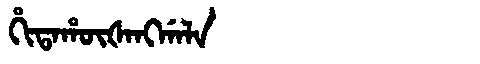
Manchu: ᡥᡳᡨᠠᡥᡡᡧᠠᠩᡤᠠᠯᠠ
Romanization: HITAHŪŠANGGALA